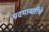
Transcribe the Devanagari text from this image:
पदमावतीचे